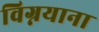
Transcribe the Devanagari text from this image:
विग्नयाना